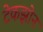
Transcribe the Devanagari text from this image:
टेकझोन